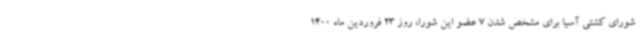
شورای کشتی آسیا برای مشخص شدن 7 عضو این شورا، روز 23 فروردین ماه 1400